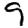
Digit: 9